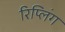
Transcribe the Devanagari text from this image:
रिप्लिंग